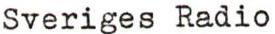
Sveriges Radio